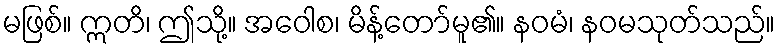
မဖြစ်။ ဣတိ၊ ဤသို့။ အဝေါစ၊ မိန့်တော်မူ၏။ နဝမံ၊ နဝမသုတ်သည်။